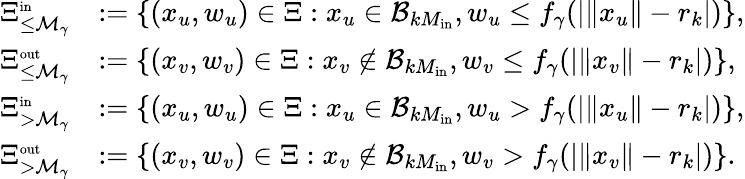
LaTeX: \begin{array}{rl}{\Xi_{\le{\mathcal M}_{\gamma}}^{\scriptscriptstyle\mathrm{in}}}&{:=\{ (x_{u},w_{u})\in\Xi:x_{u}\in{\mathcal B}_{kM_{\mathrm{in}}},w_{u}\le f_{\gamma}(|\| x_{u}\| -r_{k}|)\} ,}\\ {\Xi_{\le{\mathcal M}_{\gamma}}^{\scriptscriptstyle\mathrm{out}}}&{:=\{ (x_{v},w_{v})\in\Xi:x_{v}\notin{\mathcal B}_{kM_{\mathrm{in}}},w_{v}\le f_{\gamma}(|\| x_{v}\| -r_{k}|)\} ,}\\ {\Xi_{>{\mathcal M}_{\gamma}}^{\scriptscriptstyle\mathrm{in}}}&{:=\{ (x_{u},w_{u})\in\Xi:x_{u}\in{\mathcal B}_{kM_{\mathrm{in}}},w_{u}>f_{\gamma}(|\| x_{u}\| -r_{k}|)\} ,}\\ {\Xi_{>{\mathcal M}_{\gamma}}^{\scriptscriptstyle\mathrm{out}}}&{:=\{ (x_{v},w_{v})\in\Xi:x_{v}\notin{\mathcal B}_{kM_{\mathrm{in}}},w_{v}>f_{\gamma}(|\| x_{v}\| -r_{k}|)\} .}\end{array}